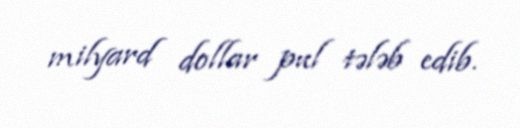
milyard dollar pul tələb edib.